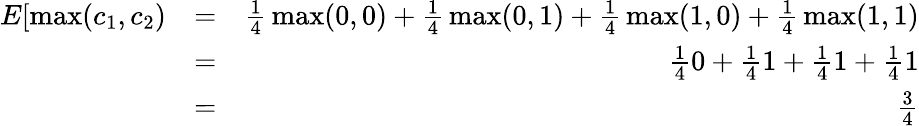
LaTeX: \begin{array}{rlr}{E[\operatorname*{max}(c_{1},c_{2})}&{=}&{{\frac{1}{4}}\operatorname*{max}(0,0)+{\frac{1}{4}}\operatorname*{max}(0,1)+{\frac{1}{4}}\operatorname*{max}(1,0)+{\frac{1}{4}}\operatorname*{max}(1,1)}\\ &{=}&{{\frac{1}{4}}0+{\frac{1}{4}}1+{\frac{1}{4}}1+{\frac{1}{4}}1}\\ &{=}&{{\frac{3}{4}}}\end{array}